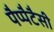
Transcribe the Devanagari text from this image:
पैप्पैटैसी